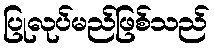
ပြုလုပ်မည်ဖြစ်သည်